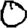
Digit: 0